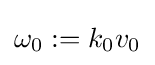
\omega _{0}:=k_{0}v_{0}